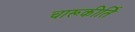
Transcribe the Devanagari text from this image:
चारूकीर्ति